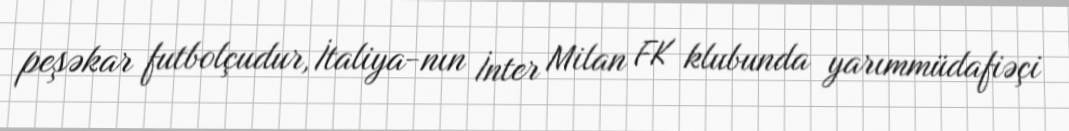
peşəkar futbolçudur, İtaliya-nın İnter Milan FK klubunda yarımmüdafiəçi